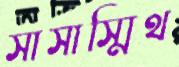
সাসাস্মিথ